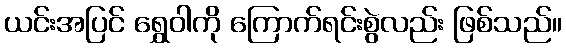
ယင်းအပြင် ရွှေဝါကို ကြောက်ရင်းစွဲလည်း ဖြစ်သည်။